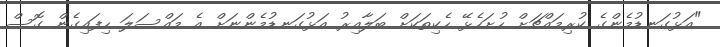
"އަޅުގަނޑުމެންގެ ކުރިމަައްޗަށް ހުށަހެޅޭ ހެކިތަކަށް ބަލާއިރު އަޅުގަނޑުމެންނަށް އެ މައްސަލަ ހިފައިގެން ގޮސް